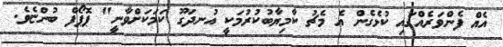
އެއް ފެންވަރެއްގައި ކުޅެގެން އެ މެޗު ކާމިޔާބުކުރުމަކީ އުނދަގޫ ކަމަކަށްވާނީ" ޕޮޕޯފް ބުންޏެވެ.